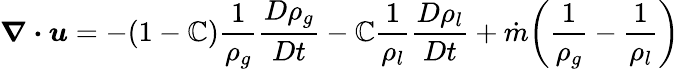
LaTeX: \boldsymbol{\nabla\cdot}\boldsymbol{u}=-(1-\mathbb{C})\frac{{1}}{{\rho_{g}}}\frac{{D\rho_{g}}}{{Dt}}-\mathbb{C}\frac{{1}}{{\rho_{l}}}\frac{{D\rho_{l}}}{{Dt}}+\dot{{m}}\bigg(\frac{{1}}{{\rho_{g}}}-\frac{{1}}{{\rho_{l}}}\bigg)